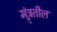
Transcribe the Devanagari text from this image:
मंत्र्र्तील